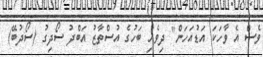
ވެސް އެ ވާހަކަ އަޑުއަހަން" ދިވެހި ބަހުގެ އުސްތާޒު އަބްދު ސޯދިގު (ސޯދުބޭ)